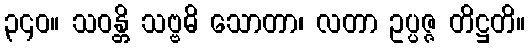
၃၄၀။ သဝန္တိ သဗ္ဗဓိ သောတာ၊ လတာ ဥပ္ပဇ္ဇ တိဋ္ဌတိ။